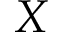
X